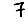
Digit: 7